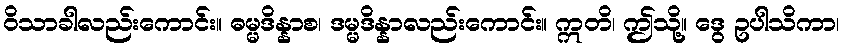
ဝိသာခါလည်းကောင်း။ ဓမ္မဒိန္နာစ၊ ဒမ္မဒိန္နာလည်းကောင်း။ ဣတိ၊ ဤသို့။ ဒွေ ဥပါသိကာ၊